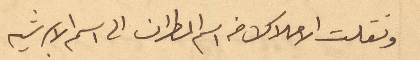
ونقلت الأملاك من اسم المطران الى اسم الأبرشية